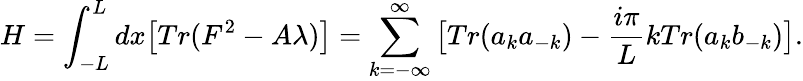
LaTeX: H=\int_{-L}^{L}dx\big[Tr(F^{2}-A\lambda)\big]=\sum_{k=-\infty}^{\infty}\big[Tr(a_{k}a_{-k})-{\frac{i\pi}{L}}kTr(a_{k}b_{-k})\big].